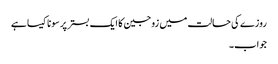
روزے کی حالت میں زوجین کا ایک بستر پر سونا کیسا ہے
جواب۔